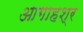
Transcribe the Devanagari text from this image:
आगाहश्र